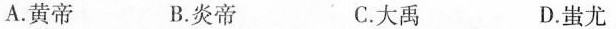
A.黄帝 B.炎帝 C.大禹 D.蚩尤